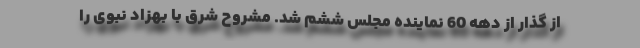
از گذار از دهه 60 نماینده مجلس ششم شد. مشروح شرق با بهزاد نبوی‌ را